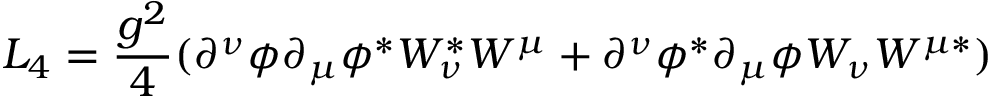
{ \cal L } _ { 4 } = \frac { g ^ { 2 } } { 4 } ( \partial ^ { \nu } \phi \partial _ { \mu } \phi ^ { \ast } W _ { \nu } ^ { \ast } W ^ { \mu } + \partial ^ { \nu } \phi ^ { \ast } \partial _ { \mu } \phi W _ { \nu } W ^ { \mu \ast } )